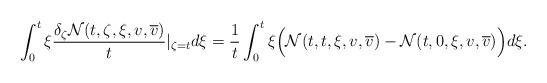
LaTeX: \begin{align*}\int_0^t \xi \frac{\delta_{\zeta} \mathcal{N}(t,\zeta,\xi,v,\overline v) }{t}\vert_{\zeta = t} d\xi =\frac{1}{t} \int_0^t \xi \Big(\mathcal{N}(t,t,\xi,v,\overline v) - \mathcal{N}(t,0,\xi,v,\overline v) \Big)d\xi .\end{align*}